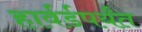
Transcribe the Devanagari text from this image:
हार्वर्डपर्यंत